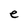
Character: e